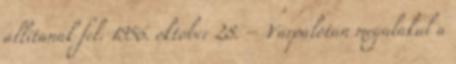
állítanak fel. 1956. október 28. – Várpalotán megalakul a